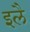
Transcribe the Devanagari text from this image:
इलै